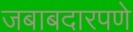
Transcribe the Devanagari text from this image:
जबाबदारपणे